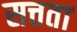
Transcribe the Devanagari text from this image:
सत्तता